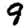
Digit: 9